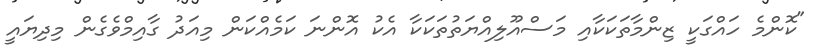
"ކޮންމެ ހައްގަކީ ޒިންމާތަކަކާއި މަސްއޫލިއްޔަތުތަކަކާ އެކު އޮންނަ ކަމެއްކަން މިއަދު ގާއިމްވެގެން މިދިޔައީ